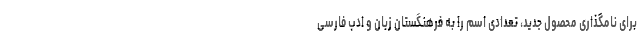
برای نامگذاری محصول جدید، تعدادی اسم را به فرهنگستان زبان و ادب فارسی